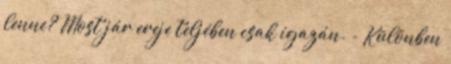
lenne? Most jár ereje teljében csak igazán. - Különben